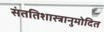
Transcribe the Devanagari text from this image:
संततिशास्त्रानुमोदित